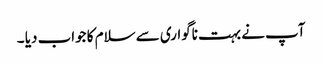
آپ نے بہت ناگواری سے سلام کا جواب دیا ۔